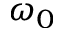
\omega _ { 0 }